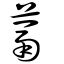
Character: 蒚